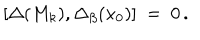
LaTeX: [ \Delta ( M _ { k } ) , \Delta _ { \beta } ( x _ { 0 } ) ] \ = \ 0 \, .